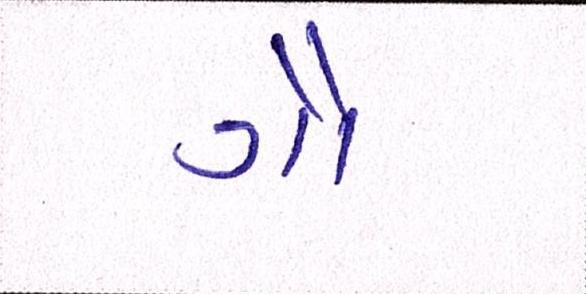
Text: ગૌ